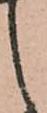
之